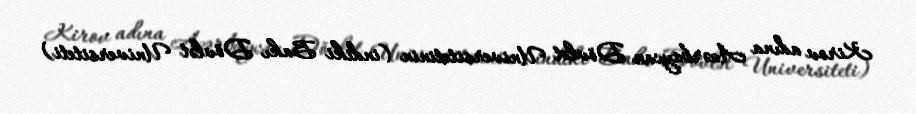
Kirov adına Azərbaycan Dövlət Universitetinin (indiki Bakı Dövlət Universiteti)